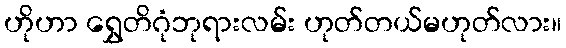
ဟိုဟာ ရွှေတိဂုံဘုရားလမ်း ဟုတ်တယ်မဟုတ်လား။